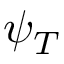
\psi _ { T }